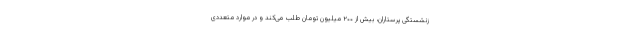
زنشستگی پرستاران، بیش از ۲۰۰ میلیون تومان طلب می‌کند و در موارد متعددی